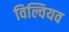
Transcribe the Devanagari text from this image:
विल्वियव